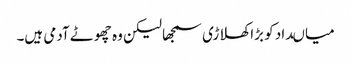
میاںداد کو بڑا کھلاڑی سمجھا لیکن وہ چھوٹے آدمی ہیں۔